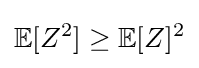
\mathbb {E} [Z^{2}]\geq \mathbb {E} [Z]^{2}